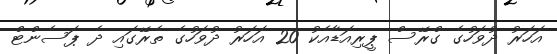
އަހަރު ދުވަހުގެ ގްރޭސް ޕީރިއަޑާއެކު 20 އަހަރު ދުވަހުގެ ތެރޭގައި ދެ ޕަސެންޓް